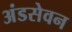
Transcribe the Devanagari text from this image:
अंडसेवन